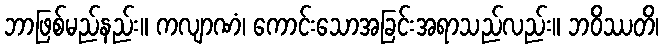
ဘာဖြစ်မည်နည်း။ ကလျာဏံ၊ ကောင်းသောအခြင်းအရာသည်လည်း။ ဘဝိဿတိ၊